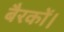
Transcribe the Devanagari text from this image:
बैरकों।